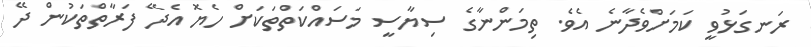
ރަނގަޅުވީ ކަމަށްވެދާނެ އެވެ. ތިމަންނާގެ ސިޔާސީ މަސައްކަތްތަކަށް ހެޔޮ އެދޭ ފަރާތްތަކުން ދޭ